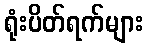
ရုံးပိတ်ရက်များ